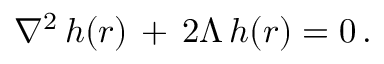
\nabla ^ { 2 } \, h ( r ) \, + \, 2 \Lambda \, h ( r ) = 0 \, .